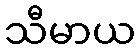
သီမာယ